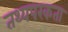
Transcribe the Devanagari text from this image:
तथ्यपरकता